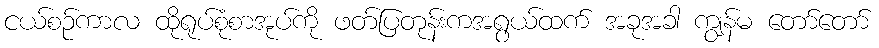
ငယ်စဉ်ကာလ ထိုရုပ်စုံစာအုပ်ကို ဖတ်ပြတုန်းကအရွယ်ထက် အခုအခါ ကျွန်မ တော်တော်